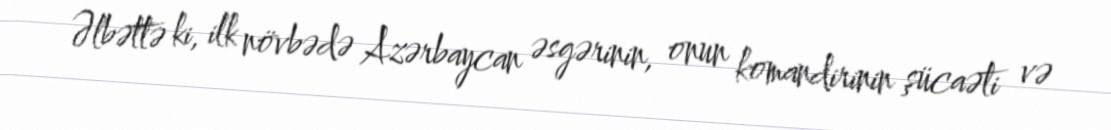
Əlbəttə ki, ilk növbədə Azərbaycan əsgərinin, onun komandirinin şücaəti və